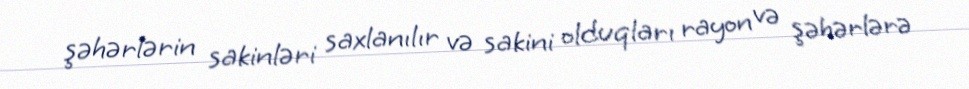
şəhərlərin sakinləri saxlanılır və sakini olduqları rayon və şəhərlərə